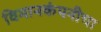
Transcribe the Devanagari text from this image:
विमानकंपनीचा